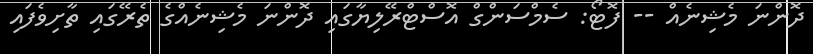
ދޮންނަ މެޝިނެއް -- ފޮޓޯ: ސެމްސަންގް އޮސްޓްރޭލިޔާގައި ދޮންނަ މެޝިނެއްގެ ތެރޭގައި ތާށިވެފައި